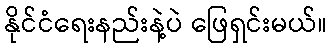
နိုင်ငံရေးနည်းနဲ့ပဲ ဖြေရှင်းမယ်။